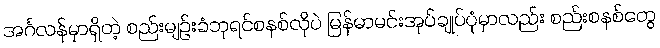
အင်္ဂလန်မှာရှိတဲ့ စည်းမျဉ်းခံဘုရင်စနစ်လိုပဲ မြန်မာမင်းအုပ်ချုပ်ပုံမှာလည်း စည်းစနစ်တွေ